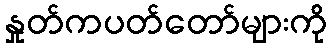
နှုတ်ကပတ်တော်များကို